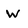
Character: w